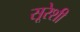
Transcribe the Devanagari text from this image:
सूरेशी